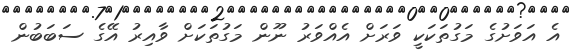
އެ އަވަށުގެ މަގުތަކަކީ ވަރަށް އެއްވަރު ނޫން މަގުތަކަށް ވާއިރު އޭގެ ސަބަބުން